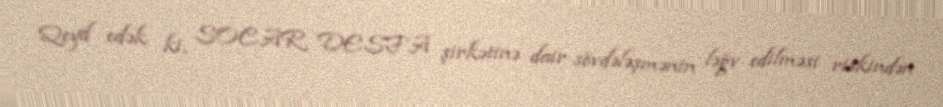
Qeyd edək ki, SOCAR DESFA şirkətinə dair sövdələşmənin ləğv edilməsi riskindən